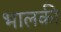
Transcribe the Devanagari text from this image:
भालकी